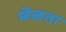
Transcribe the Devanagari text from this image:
म्हॆळता